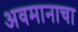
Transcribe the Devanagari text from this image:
अवमानाचा